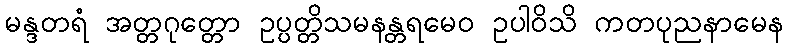
မန္ဒတရံ အတ္တဂုတ္တော ဥပ္ပတ္တိသမနန္တရမေဝ ဥပါဝိသိ ကတပုညနာမေန